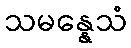
သမန္နေသံ